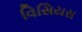
વિસિયસ